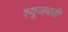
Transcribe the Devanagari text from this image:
श्यूजबरी